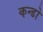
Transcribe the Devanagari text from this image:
कन्डो